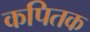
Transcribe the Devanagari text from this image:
कपितक